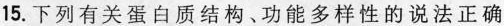
15.下列有关蛋白质结构、功能多样性的说法正确